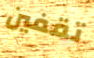
تقفين